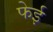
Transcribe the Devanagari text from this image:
फेई